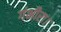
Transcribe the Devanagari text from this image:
गंभीरा।